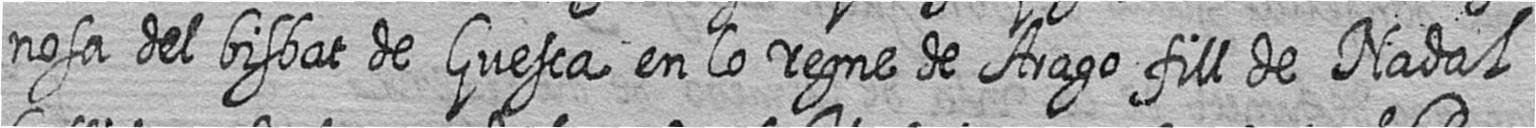
nosa del bisbat de Guesca en lo regne de Arago fill de Nadal